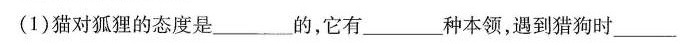
(1)猫对狐狸的态度是___的，它有___种本领，遇到猎狗时___。